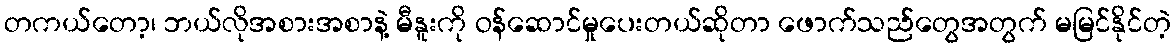
တကယ်တော့၊ ဘယ်လိုအစားအစာနဲ့ မီနူးကို ဝန်ဆောင်မှုပေးတယ်ဆိုတာ ဖောက်သည်တွေအတွက် မမြင်နိုင်တဲ့